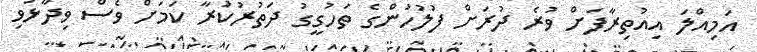
އަމިއްލަ އިއުތިރާފަށް ވުރެ ދުރަށް ފުލުހުންގެ ތަހުގީގު ދަތުރުކުރާ ކަމަށް ވެސް ވިދާޅުވި